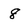
Character: 8